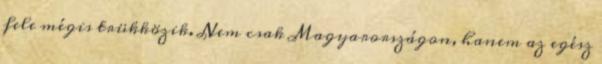
fele mégis trükközik. Nem csak Magyarországon, hanem az egész